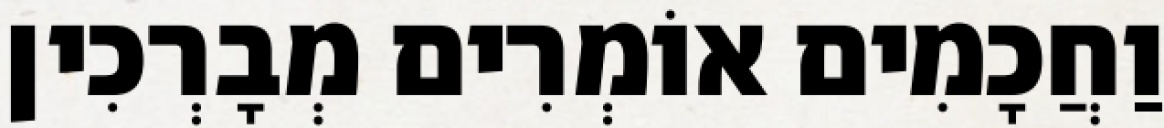
וַחֲכָמִים אוֹמְרִים מְבָרְכִין